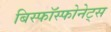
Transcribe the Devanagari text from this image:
बिस्फॉस्फोनेट्स